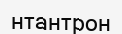
нтантрон